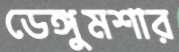
ডেঙ্গুমশার